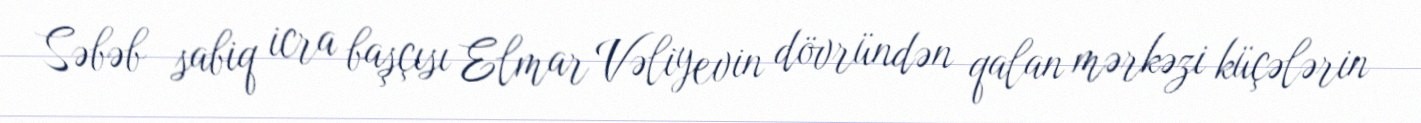
Səbəb sabiq icra başçısı Elmar Vəliyevin dövründən qalan mərkəzi küçələrin